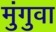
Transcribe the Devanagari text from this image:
मुंगुवा